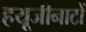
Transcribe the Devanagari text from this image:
हयूजीनाटों